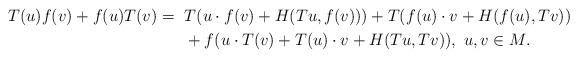
LaTeX: \begin{align*}T(u) f (v) + f (u) T(v) =~& T ( u \cdot f(v) + H (Tu, f(v))) + T ( f(u) \cdot v + H ( f(u), Tv )) \\&+ f (u \cdot T(v) + T(u) \cdot v + H (Tu, Tv)),~ u, v \in M. \end{align*}